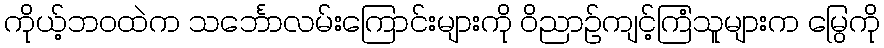
ကိုယ့်ဘဝထဲက သင်္ဘောလမ်းကြောင်းများကို ဝိညာဉ်ကျင့်ကြံသူများက မြွေကို